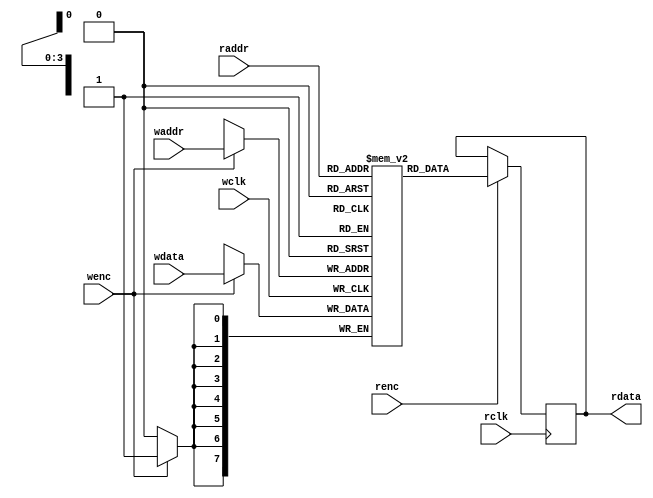
//VL45 FIFO
//202322715:45:43
`timescale 1ns/1ns
/***************************************RAM*****************************************/
module dual_port_RAM 
#(  parameter DEPTH = 16,
    parameter WIDTH = 8)
(
	 input wclk                         //
	,input wenc                         //
	,input [$clog2(DEPTH)-1:0] waddr  //2
	,input [WIDTH-1:0] wdata      	    //
	,input rclk                         //
	,input renc                         //
	,input [$clog2(DEPTH)-1:0] raddr  //2
	,output reg [WIDTH-1:0] rdata 		//
);

reg [WIDTH-1:0] RAM_MEM [0:DEPTH-1];    //
//
always @(posedge wclk) begin
	if(wenc)
		RAM_MEM[waddr] <= wdata;
end 

always @(posedge rclk) begin
	if(renc)
		rdata <= RAM_MEM[raddr];
end 

endmodule  

/***************************************AFIFO*****************************************/
module asyn_fifo#(
	parameter	WIDTH = 8,
	parameter 	DEPTH = 16
)(
	input 					wclk	, 
	input 					rclk	,   
	input 					wrstn	,
	input					rrstn	,
	input 					winc	,//
	input 			 		rinc	,//
	input 		[WIDTH-1:0]	wdata	,

	output wire				wfull	,
	output wire				rempty	,
	output wire [WIDTH-1:0]	rdata
);
//
reg  [$clog2(DEPTH):0]      rptr_expand ,
                            rptr_expand_g,
                            rptr_expand_g_d1,
                            rptr_expand_g_d2,//

                            wptr_expand ,
                            wptr_expand_g,
                            wptr_expand_g_d1,
                            wptr_expand_g_d2;//

wire                        wenc,
                            renc;
assign wenc=winc&(~wfull);  //
assign renc=rinc&(~rempty); //
/*************************************/
always@(posedge wclk,negedge wrstn)begin
    if(~wrstn)
        wptr_expand<=0;
    else if(wenc)
        wptr_expand<=wptr_expand+1;
    else
        wptr_expand<=wptr_expand;
end
always@(posedge rclk,negedge rrstn)begin
    if(~rrstn)
        rptr_expand<=0;
    else if(renc)
        rptr_expand<=rptr_expand+1;
    else
        rptr_expand<=rptr_expand;
end
/****************************/
//reg,
always@(posedge wclk,negedge wrstn)begin
    if(~wrstn)
        wptr_expand_g<=0;
    else
        wptr_expand_g<=(wptr_expand>>1)^(wptr_expand);
end
always@(posedge rclk,negedge rrstn)begin
    if(~rrstn)
        rptr_expand_g<=0;
    else
        rptr_expand_g<=(rptr_expand>>1)^(rptr_expand);
end
/******************************************/
always @(posedge wclk,negedge wrstn) begin
    if(~wrstn)
        {rptr_expand_g_d2,rptr_expand_g_d1}<=2'b0;
    else
        {rptr_expand_g_d2,rptr_expand_g_d1}<={rptr_expand_g_d1,rptr_expand_g};
end
always @(posedge rclk,negedge rrstn) begin
    if(~rrstn)
        {wptr_expand_g_d2,wptr_expand_g_d1}<=2'b0;
    else
        {wptr_expand_g_d2,wptr_expand_g_d1}<={wptr_expand_g_d1,wptr_expand_g};
end
/***************EMPTY&FULL************************/
assign rempty=(rptr_expand_g==wptr_expand_g_d2)?1:0;
assign wfull=(wptr_expand_g=={~(rptr_expand_g_d2[$clog2(DEPTH)-:2]),rptr_expand_g_d2[$clog2(DEPTH)-2:0]})?1:0;

/********************RAM****************/
dual_port_RAM 
#(
    DEPTH,
    WIDTH
)
d1
(    
     wclk   //                     
    ,wenc   //                        
    ,wptr_expand[$clog2(DEPTH)-1:0]   //
    ,wdata  //    	
    ,rclk   //                     
    ,renc   //                   
    ,rptr_expand[$clog2(DEPTH)-1:0]   //!!!
    ,rdata 	//
);
endmodule